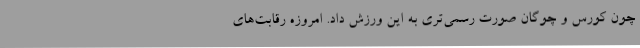
چون کورس و چوگان صورت رسمی‌تری به این ورزش داد. امروزه رقابت‌های